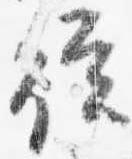
従